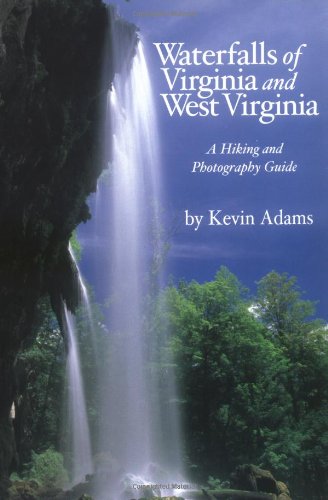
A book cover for Waterfalls of Virginia and West Virginia: A Hiking and Photography Guide; Kevin Adams; Sports & Outdoors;